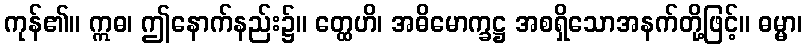
ကုန်၏။ ဣဓ၊ ဤနောက်နည်း၌။ တ္ထေဟိ၊ အဓိမောက္ခဋ္ဌ အစရှိသောအနက်တို့ဖြင့်။ ဓမ္မာ၊